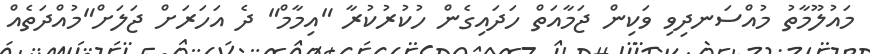
މައުލޫމާތު މުއްސަނދިވި ވަކިން ޖަމާއަތް ހަދައިގެން ހުކުރުކުރާ "އިމާމް" ދެ އަހަރަށް ޖަލަށް"މުއްދަތެއް